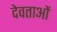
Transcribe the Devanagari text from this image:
देवताअाें